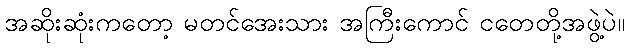
အဆိုးဆုံးကတော့ မတင်အေးသား အကြီးကောင် ငတေတို့အဖွဲ့ပဲ။